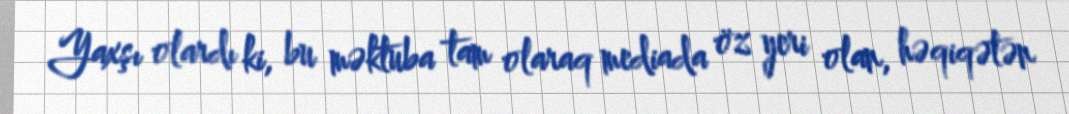
Yaxşı olardı ki, bu məktuba tam olaraq mediada öz yeri olan, həqiqətən